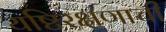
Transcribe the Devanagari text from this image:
यष्टिरक्षणाची